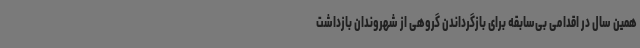
همین سال در اقدامی بی‌سابقه برای بازگرداندن گروهی از شهروندان بازداشت